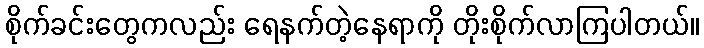
စိုက်ခင်းတွေကလည်း ရေနက်တဲ့နေရာကို တိုးစိုက်လာကြပါတယ်။